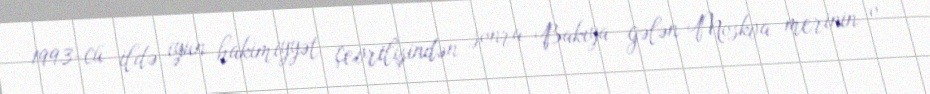
1993-cü ildə iyun hakimiyyət çevrilişindən sonra Bakıya gələn Moskva merinin o